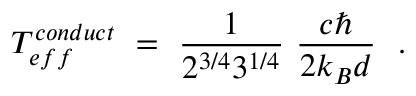
T _ { e f f } ^ { c o n d u c t } \ = \ \frac { 1 } { 2 ^ { 3 / 4 } 3 ^ { 1 / 4 } } \ \frac { c \hbar } { 2 k _ { B } d } \ \ .